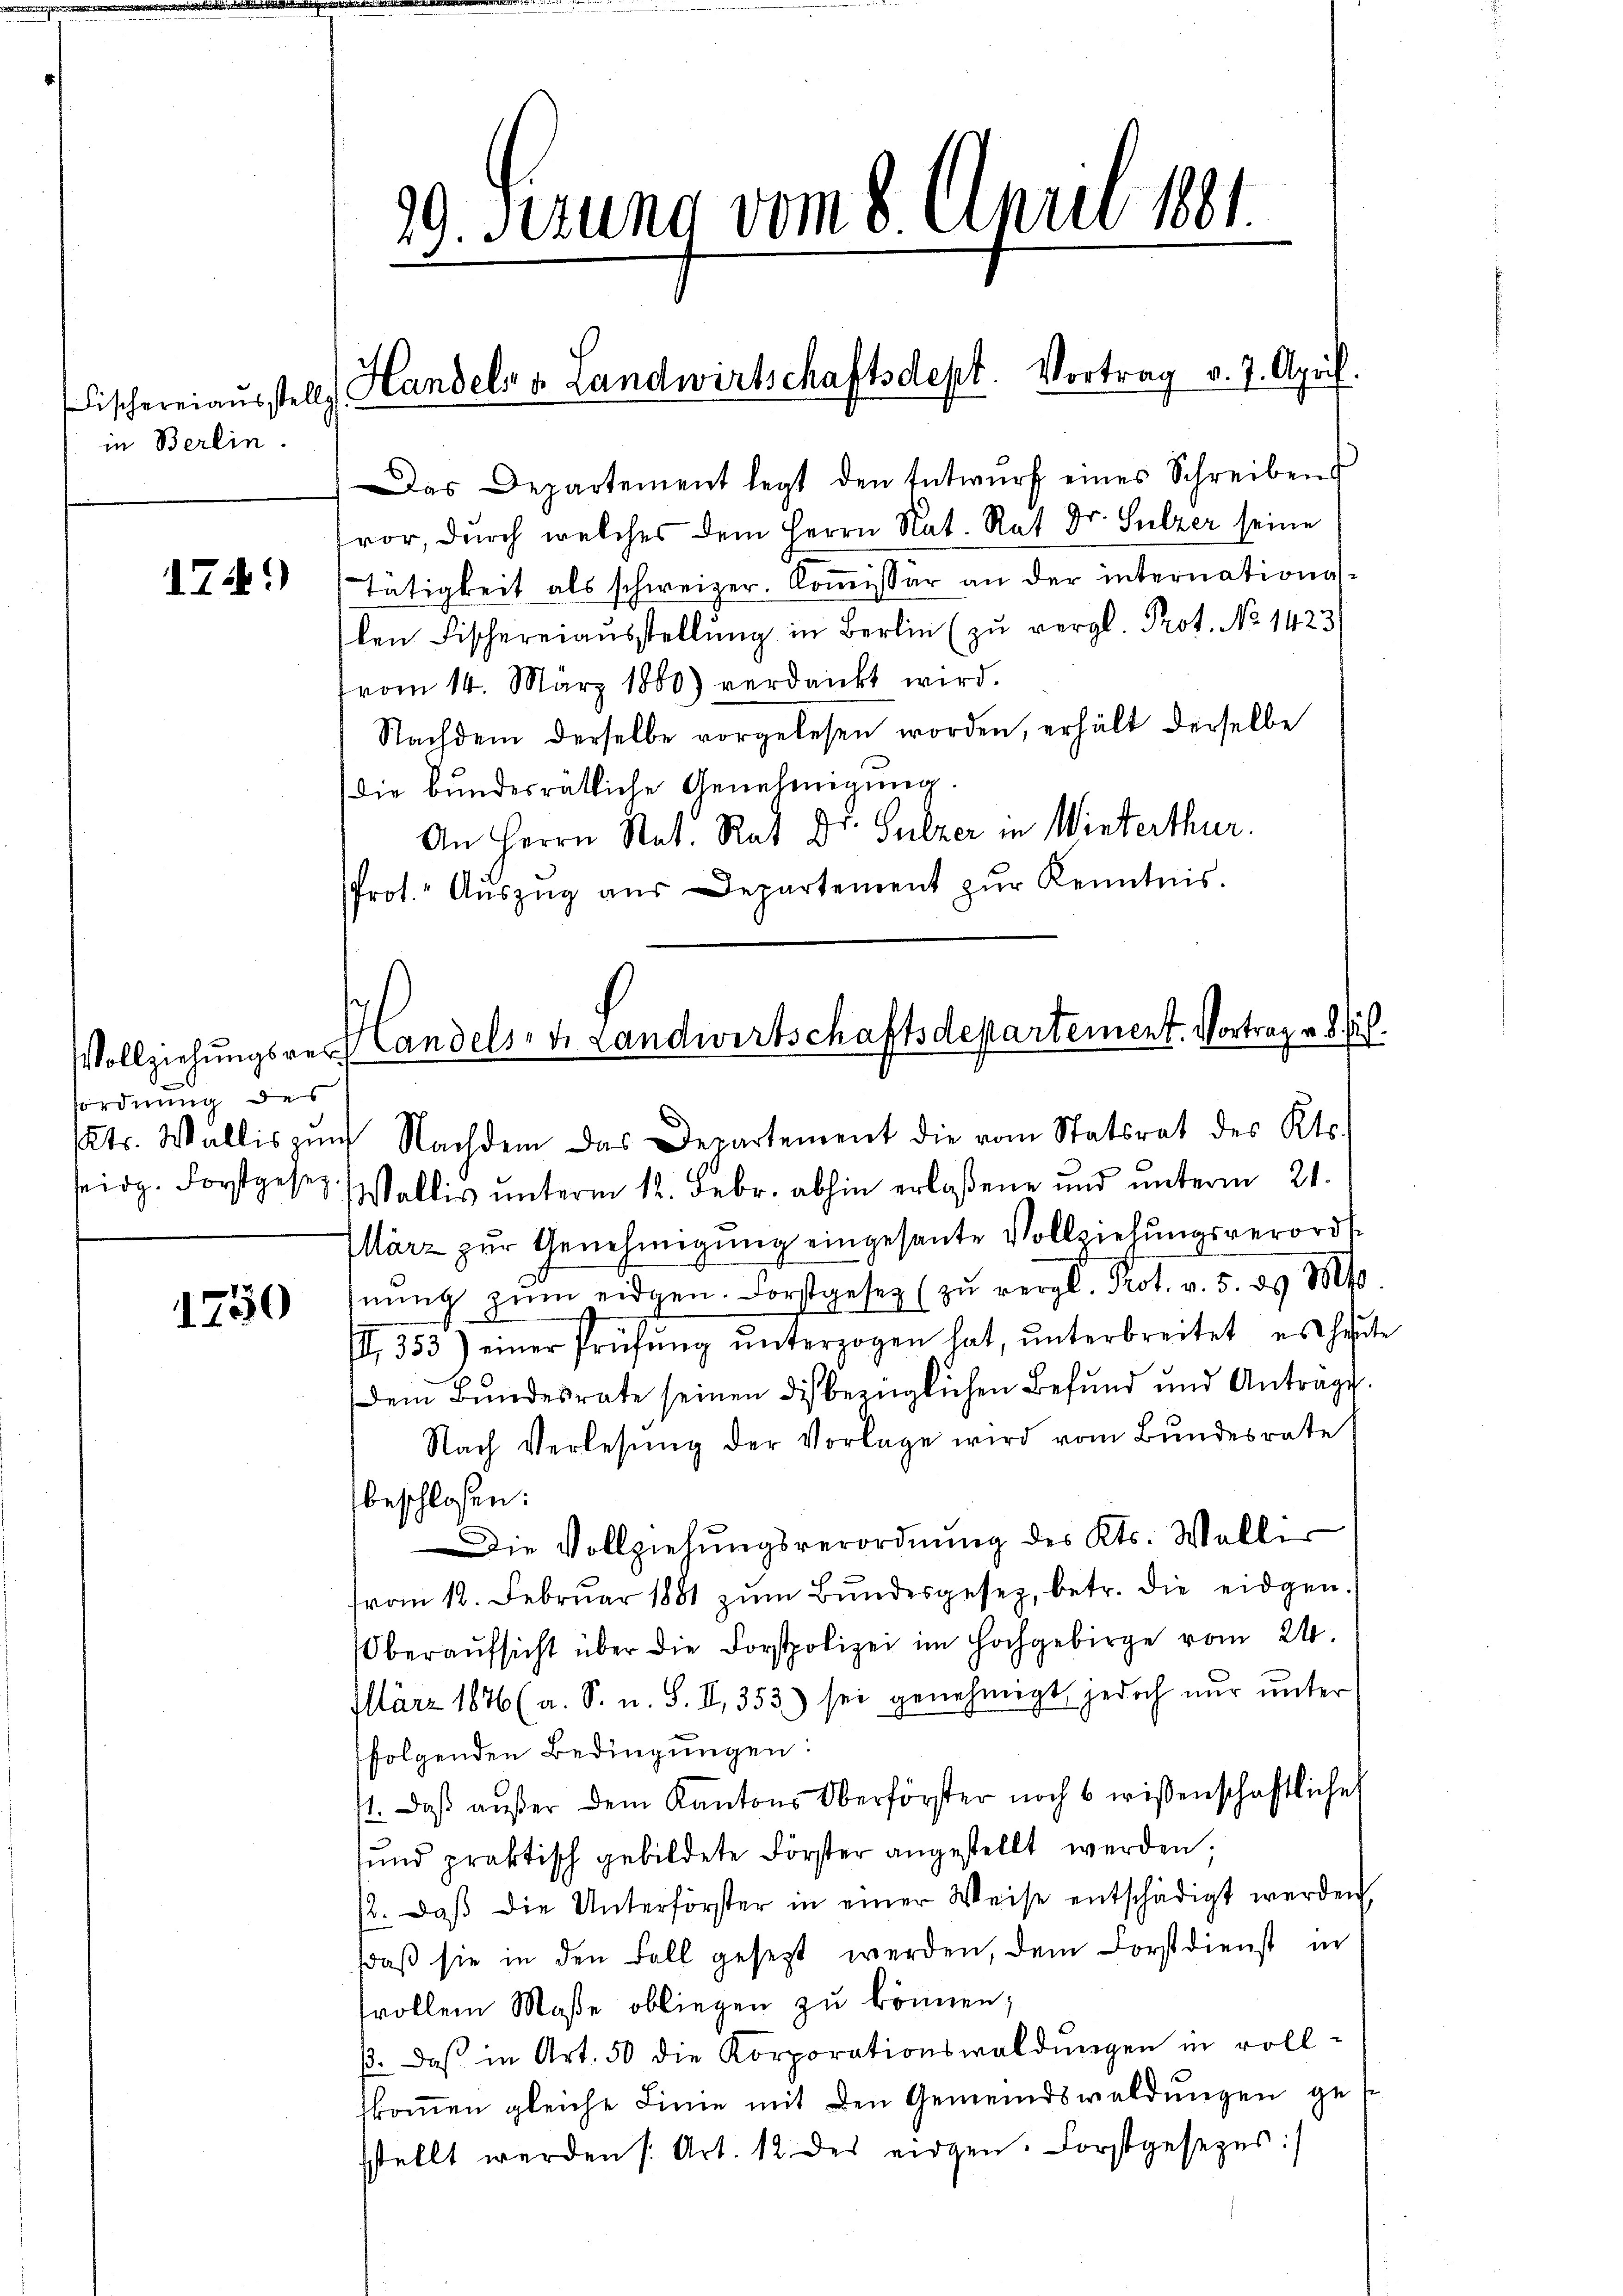
Fischerei ausstell
in Berlin.

1741)

fordnung des
Kts. Wallis zum
seidg. Forstgesez

1750

Das Departement legt den Entwŭrf eines Schreibens
vor, durch welches dem Herrn Nat. Rat Dr. Sulzer seine
Tätigkeit als schweizer. Kommissär an der internationsken Fischereiaŭsstellŭng in Berlin (zu vergl. Prot. No 1423
vom 14. März 1860) verdankt wird.
Nachdem derselbe vorgelesen worden, erhält derselbe
die bundesrätliche Genehmigung.
An Herrn Stat. Rat Dr. Sulzer in Winterthur.
Prot. Aŭszŭg aŭs Departement zŭr Kenntnis.

29. Fezung vom 8. April 1881.

Handelns Landwirtschaftsdept. Vortrag v. 7. April

Vollziehungsverlandelsen Landwirtschaftsdepartement. Vortrag v. 8. sich.

Nachdem das Departement die vom Statsrat des Kts.
Wallis unterm 12. Febr. abhin erlaßene und unterm 21.
März zur Genehmigung eingesante Vollziehungsverorde
nŭng zŭm eidgen. Forstgesez (zŭ vergl. Prot. v. 5. d. Mts.
II 353) einer Prüfŭng ŭnterzogen hat, ŭnterbreitet, es heute
Dem Bŭndesrate seinen dis bezüglichen Befŭnd und Antrage.
Nach Verlesung der Vorlage wird vom Bundesrate
beschlossen:
Die Vollziehŭngsverordnŭng des Kts. Wallir
vom 12. Febrŭar 1881 zŭm Bŭndesgesez, betr. die eidgen.
Oberaŭfsicht über die Forstpolizei im Hochgebirge vom 24.
März 1846 (a. S. u. S. II, 353) sei genehmigt, jedoch nur unter
folgenden Bedingungen:
11. Daß außer dem Kantons Oberförster noch 6 wissenschaftliche
sŭnd praktisch gebildete Förster angestellt werden;
12. daβ die Unterförster in einer Weise entschädigt werden
sdaß sie in den Fall gesezt werden, dem Forstdienst in
frollem Maße obliegen zu können;
. daß in Art. 50 die Korporationswaldungen in voll-
kommen gleiche Linie mit den Gemeindswaldungen ges
sstellt werden /: Art. 12 des eidgen. Forstgesezes: